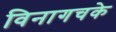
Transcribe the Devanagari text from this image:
विनागचके